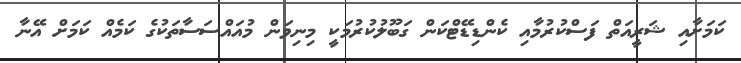
ކަމަށާއި ޝަރީއަތް ފަސްކުރުމާއި ކެންޑިޑޭޓްކަން ގަބޫލުކުރުމަކީ މިނިވަން މުއައްސަސާތަކުގެ ކަމެއް ކަމަށް އޭނާ